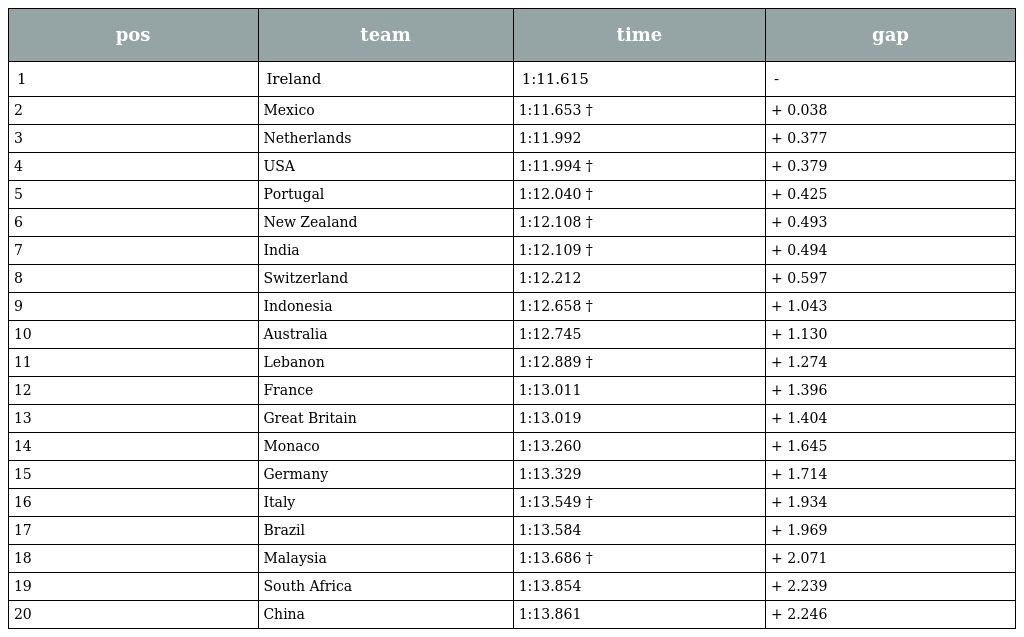
| pos | team | time | gap |
 | --- | --- | --- | --- |
 | 1 | Ireland | 1:11.615 | - |
 | 2 | Mexico | 1:11.653 † | + 0.038 |
 | 3 | Netherlands | 1:11.992 | + 0.377 |
 | 4 | USA | 1:11.994 † | + 0.379 |
 | 5 | Portugal | 1:12.040 † | + 0.425 |
 | 6 | New Zealand | 1:12.108 † | + 0.493 |
 | 7 | India | 1:12.109 † | + 0.494 |
 | 8 | Switzerland | 1:12.212 | + 0.597 |
 | 9 | Indonesia | 1:12.658 † | + 1.043 |
 | 10 | Australia | 1:12.745 | + 1.130 |
 | 11 | Lebanon | 1:12.889 † | + 1.274 |
 | 12 | France | 1:13.011 | + 1.396 |
 | 13 | Great Britain | 1:13.019 | + 1.404 |
 | 14 | Monaco | 1:13.260 | + 1.645 |
 | 15 | Germany | 1:13.329 | + 1.714 |
 | 16 | Italy | 1:13.549 † | + 1.934 |
 | 17 | Brazil | 1:13.584 | + 1.969 |
 | 18 | Malaysia | 1:13.686 † | + 2.071 |
 | 19 | South Africa | 1:13.854 | + 2.239 |
 | 20 | China | 1:13.861 | + 2.246 |